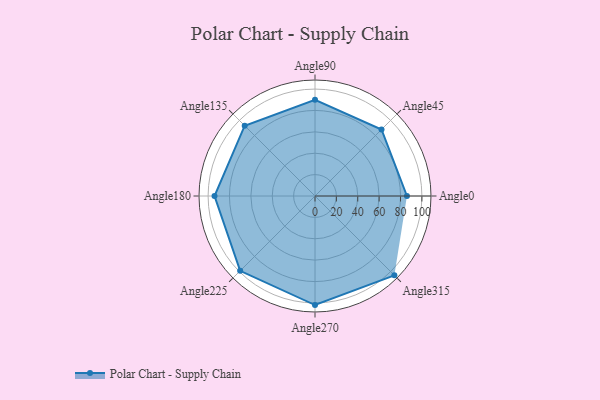
{"axis": {"x": "Angle", "y": "Radius"}, "legend": [""], "data": [{"x": "Angle0", "y": 86.0, "type": ""}, {"x": "Angle45", "y": 88.0, "type": ""}, {"x": "Angle90", "y": 90.0, "type": ""}, {"x": "Angle135", "y": 93.0, "type": ""}, {"x": "Angle180", "y": 94.0, "type": ""}, {"x": "Angle225", "y": 99.0, "type": ""}, {"x": "Angle270", "y": 102.0, "type": ""}, {"x": "Angle315", "y": 105.0, "type": ""}]}